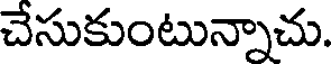
చేసుకుంటున్నాచు.